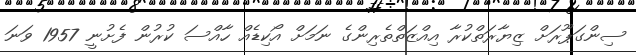
ސިންގަޕޫރަށް ޒިޔާރަތްކުރާ އިއްޒަތްތެރިންގެ ނަމަށް އޯކިޑެއް ހާއްސަ ކުރުން ފެށުނީ 1957 ވަނަ